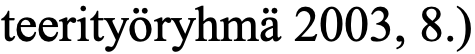
teerityöryhmä 2003, 8.)